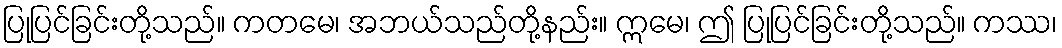
ပြုပြင်ခြင်းတို့သည်။ ကတမေ၊ အဘယ်သည်တို့နည်း။ ဣမေ၊ ဤ ပြုပြင်ခြင်းတို့သည်။ ကဿ၊